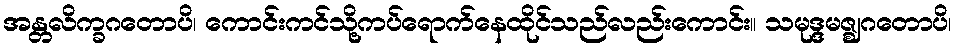
အန္တလိက္ခဂတောပိ၊ ကောင်းကင်သို့ကပ်ရောက်နေထိုင်သည်လည်းကောင်း။ သမုဒ္ဒမဇ္ဈဂတောပိ၊